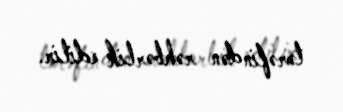
tərəfindən rəhbərlik edilir.